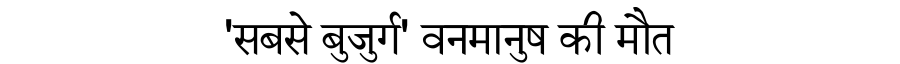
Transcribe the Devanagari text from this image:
'सबसे बुजुर्ग' वनमानुष की मौत